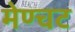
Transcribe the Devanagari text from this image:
मेण्चट